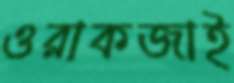
ওরাকজাই